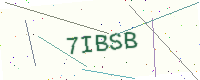
Text: 7IBSB